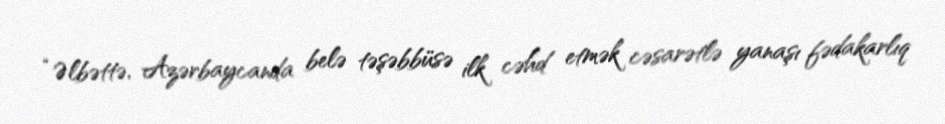
“Əlbəttə, Azərbaycanda belə təşəbbüsə ilk cəhd etmək cəsarətlə yanaşı fədakarlıq